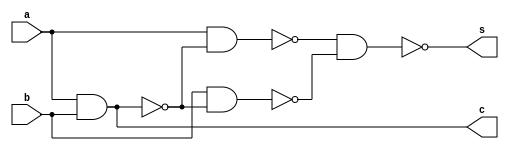
module ha(input a,b,output s,c);
wire w0,w1,w2;

nand n0(w0,a,b);
nand n1(w1,a,w0);
nand n2(w2,b,w0);
nand n3(s,w1,w2);
nand n4(c,w0,w0);
endmodule